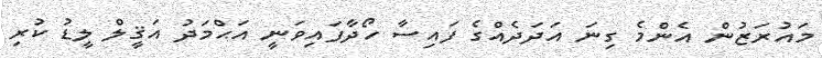
މައުރަޒުން އެންމެ ގިނަ އަދަދެއްގެ ފައިސާ ހޯދާފައިވަނީ އަޙްމަދު އަޤީލް ލީޑު ކުރި